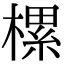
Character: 樏